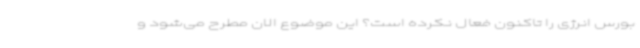
بورس انرژی را تاکنون فعال نکرده است؟ این موضوع الان مطرح می‌شود و